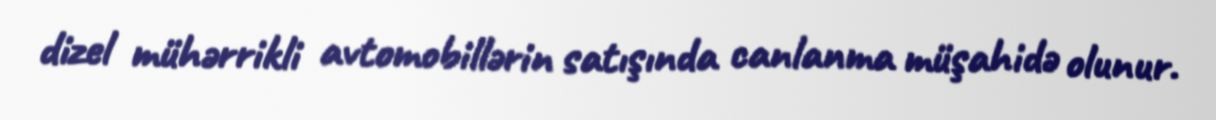
dizel mühərrikli avtomobillərin satışında canlanma müşahidə olunur.